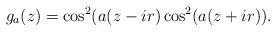
LaTeX: \begin{align*} g_a(z) & =\cos^2(a(z-ir)\cos^2(a(z+ir)).\end{align*}